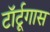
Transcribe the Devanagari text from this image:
टॉर्टूगास